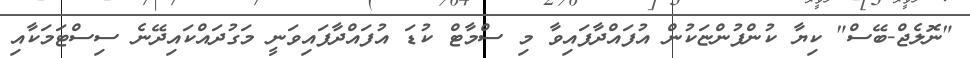
"ނޮލެޖް-ބޭސް" ކިޔާ ކުންފުންޏަކުން އުފައްދާފައިވާ މި ސްމާޓް ކުޑަ އުފައްދާފައިވަނީ މަގުދައްކައިދޭނެ ސިސްޓަމަކާއި